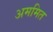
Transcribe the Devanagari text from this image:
अममित